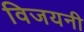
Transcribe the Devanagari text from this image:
विजयनी